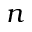
n